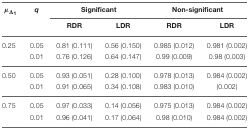
<table><thead><tr><td><b>μ<sub>Δ<sub>1</sub></sub></b></td><td><b><i>q</i></b></td><td colspan="2"><b>Significant</b></td><td colspan="2"><b>Non-significant</b></td></tr><tr><td></td><td></td><td><b>RDR</b></td><td><b>LDR</b></td><td><b>RDR</b></td><td><b>LDR</b></td></tr></thead><tbody><tr><td>0.25</td><td>0.05</td><td>0.81 (0.111)</td><td>0.56 (0.150)</td><td>0.985 (0.012)</td><td>0.981 (0.002)</td></tr><tr><td></td><td>0.01</td><td>0.76 (0.126)</td><td>0.64 (0.147)</td><td>0.99 (0.009)</td><td>0.98 (0.003)</td></tr><tr><td>0.50</td><td>0.05</td><td>0.93 (0.051)</td><td>0.28 (0.100)</td><td>0.978 (0.013)</td><td>0.984 (0.002)</td></tr><tr><td></td><td>0.01</td><td>0.91 (0.065)</td><td>0.34 (0.108)</td><td>0.983 (0.010)</td><td>(0.002)</td></tr><tr><td>0.75</td><td>0.05</td><td>0.97 (0.033)</td><td>0.14 (0.056)</td><td>0.975 (0.013)</td><td>0.984 (0.002)</td></tr><tr><td></td><td>0.01</td><td>0.96 (0.041)</td><td>0.17 (0.064)</td><td>0.98 (0.010)</td><td>0.984 (0.002)</td></tr></tbody></table>